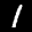
Label: 1